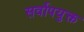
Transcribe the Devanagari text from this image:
सर्वोपयुक्त